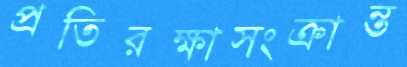
প্রতিরক্ষাসংক্রান্ত